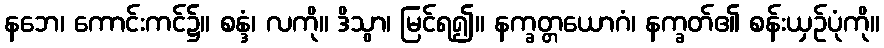
နဘေ၊ ကောင်းကင်၌။ စန္ဒံ၊ လကို။ ဒိသွာ၊ မြင်ရ၍။ နက္ခတ္တယောဂံ၊ နက္ခတ်၏ စန်းယှဉ်ပုံကို။